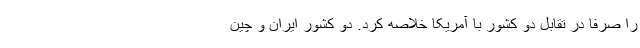
را صرفا در تقابل دو کشور با آمریکا خلاصه کرد. دو کشورِ ایران و چین